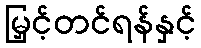
မြှင့်တင်ရန်နှင့်